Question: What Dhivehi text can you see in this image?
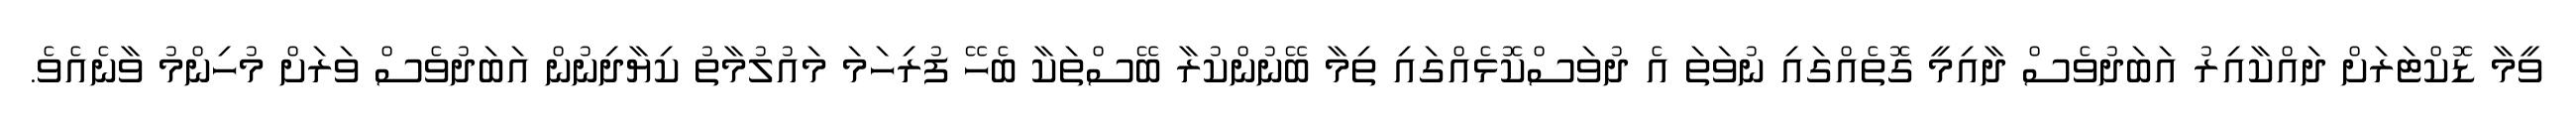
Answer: ވީމާ ޑޮކްޓަރަށް ދައްކާއިރު އަބަދުވެސް ދާއިމީ ގޮތެއްގައި ނުވަތަ އެ ދުވަސްކޮޅެއްގައި ތިމާ ބޭނުންކުރާ ބޭސްތަކާ ބެހޭ ފުރިހަމަ މައުލުމާތު ކިޔާދިނުން އަބަދުވެސް ވަރަށް މުހިންމު ވާނެއެވެ.